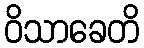
ဝိသာခေတိ